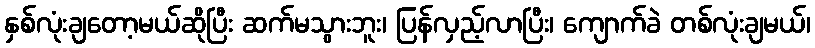
နှစ်လုံးချတော့မယ်ဆိုပြီး ဆက်မသွားဘူး၊ ပြန်လှည့်လာပြီး၊ ကျောက်ခဲ တစ်လုံးချမယ်၊